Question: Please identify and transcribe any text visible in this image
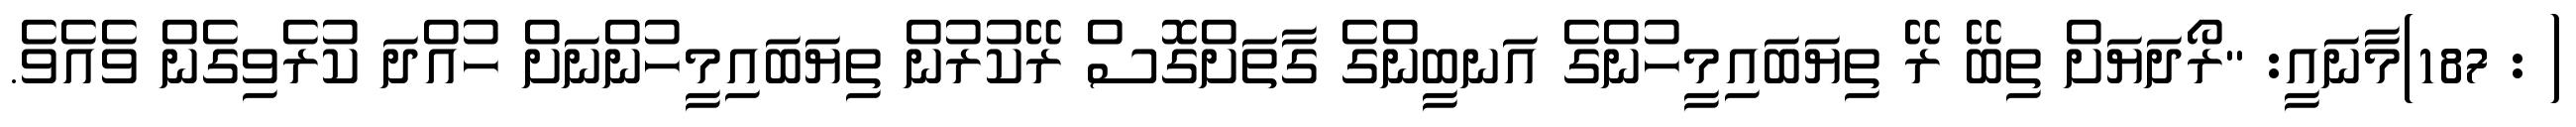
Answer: ( : 187)މާނައީ: "ރޯދަޔަށް ތިބޭ ރޭ ތިޔަބައިމީހުންގެ އަނބީންގެ ގާތަށްގޮސް ރޭކުރުން ތިޔަބައިމީހުންނަށް ހުއްދަ ކުރެވިގެން ވެއެވެ.